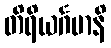
တိရိယင်္ဂမာနိ